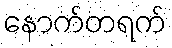
နောက်တရက်